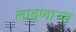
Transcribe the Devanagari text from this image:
लादणाऱ्या